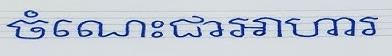
ចំណេះជាអាហារ